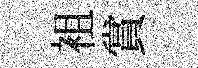
袓賞